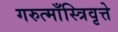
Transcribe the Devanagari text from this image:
गरुत्माँस्त्रिवृत्ते